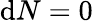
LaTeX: \mathrm{d}N=0